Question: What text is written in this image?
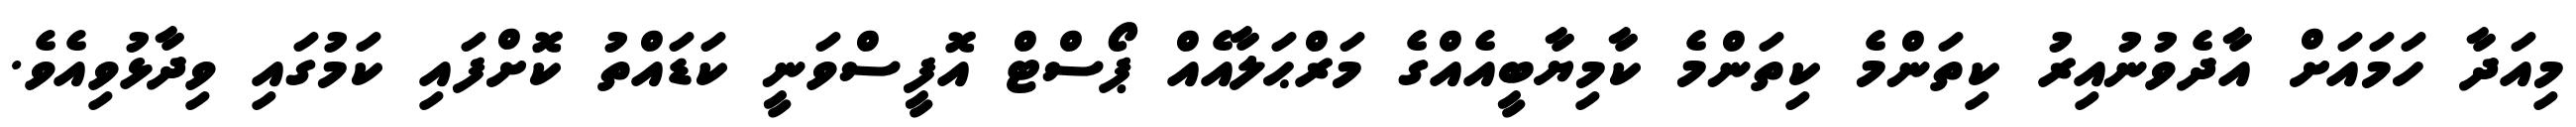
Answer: މިއަދާ ހަމައަށް އާދެވުނުއިރު ކިތަންމެ ކިތަންމެ ކާމިޔާބީއެއްގެ މަރްޙަލާއެއް ޕޯސްޓް އޮފީސްވަނީ ކަޑައްތު ކޮށްފައި ކަމުގައި ވިދާޅުވިއެވެ.